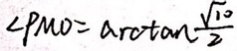
\angle P M O = \arctan \frac { \sqrt { 1 0 } } { 2 }